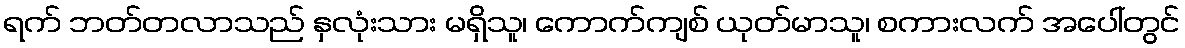
ရက် ဘတ်တလာသည် နှလုံးသား မရှိသူ၊ ကောက်ကျစ် ယုတ်မာသူ၊ စကားလက် အပေါ်တွင်